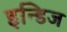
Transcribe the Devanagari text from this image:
इन्डिज